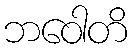
ဘဝေါတိ